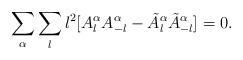
\begin{align*}\sum_\alpha\sum_{l}l^2[A^\alpha_{l}A^\alpha_{-l}-\tilde{A}^\alpha_{l}\tilde{A}^\alpha_{-l}]=0.\end{align*}